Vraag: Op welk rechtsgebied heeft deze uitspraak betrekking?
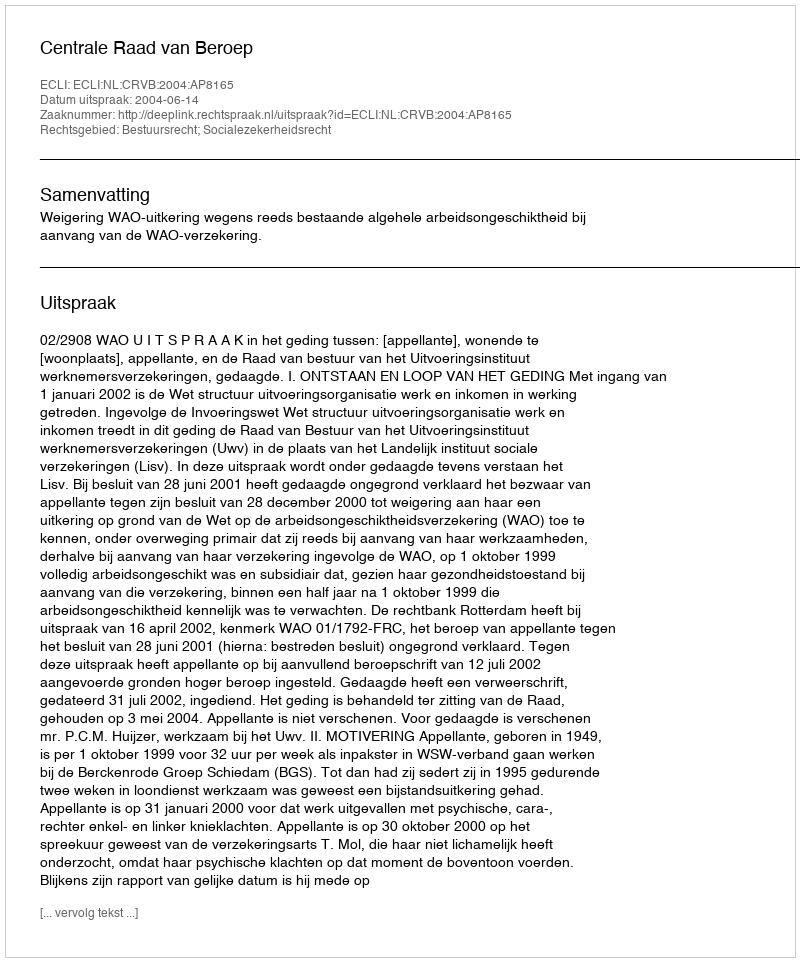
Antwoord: Bestuursrecht; Socialezekerheidsrecht